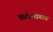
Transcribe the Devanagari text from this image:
वस्तीस्थानांचा